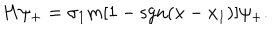
H \psi _ { + } = \sigma _ { 1 } m [ 1 - \mathrm { s g n } ( x - x _ { 1 } ) ] \psi _ { + } .